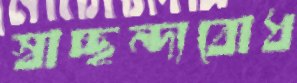
স্বাচ্ছন্দ্যবোধ